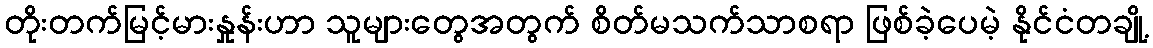
တိုးတက်မြင့်မားနှုန်းဟာ သူများတွေအတွက် စိတ်မသက်သာစရာ ဖြစ်ခဲ့ပေမဲ့ နိုင်ငံတချို့